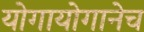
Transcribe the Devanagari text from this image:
योगायोगानेच